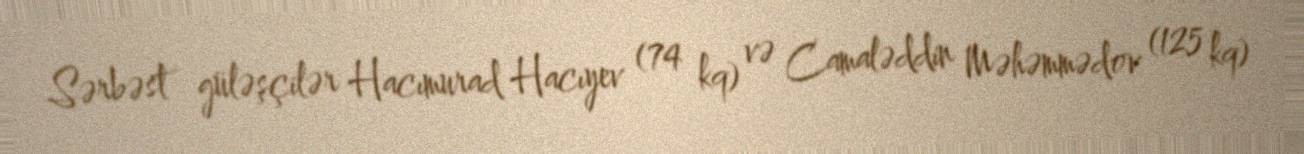
Sərbəst güləşçilər Hacımurad Hacıyev (74 kq) və Camaləddin Məhəmmədov (125 kq)